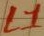
Text: L1